Senior Leaving Certificate Examination (including Day School Certificate (Higher) General paper), 1947
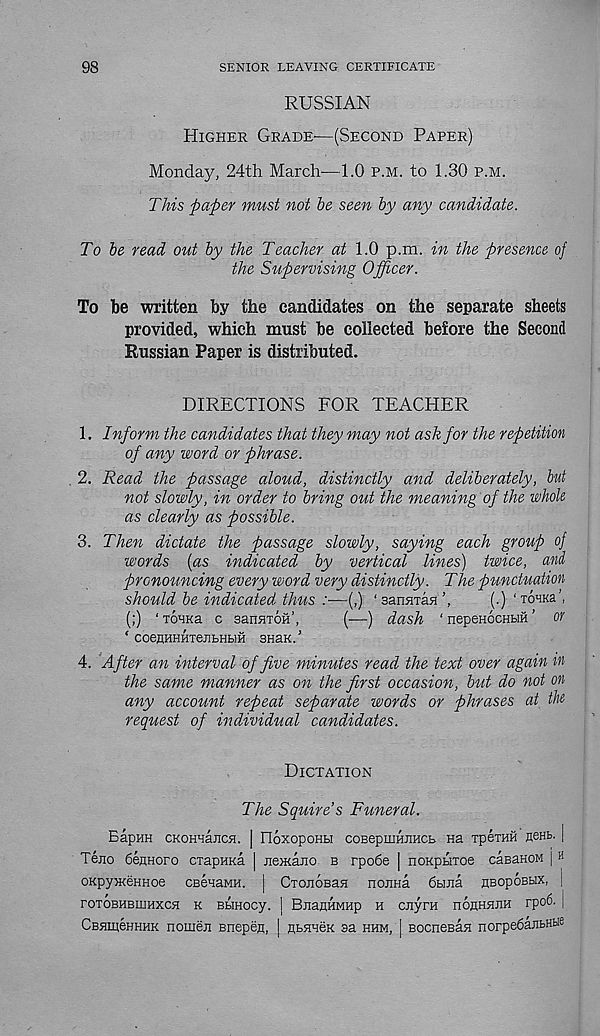
98
SENIOR LEAVING CERTIFICATE
RUSSIAN
Higher Grade—(Second Paper)
Monday, 24th March—1.0 p.m. to 1.30 p.m.
This paper must not be seen by any candidate.
To be read out by the Teacher at 1.0 p.m. in the presence of
the Supervising Officer.
To be written by the candidates on the separate sheets
provided, which must be collected before the Second
Russian Paper is distributed.
DIRECTIONS FOR TEACHER
1. Inform the candidates that they may not ask for the repetition
of any word or phrase.
2. Read the passage aloud, distinctly and deliberately, but
not slowly, in order to bring out the meaning of the whole
as clearly as possible.
3. Then dictate the passage slowly, saying each group of
words (as indicated by vertical lines) twice, and
pronouncing every word very distinctly. The punctuation
should be indicated thus :■—(,) ‘sanHian’,
(.) ‘ toiks
(;) 1 TOHKa c sanaTon’,
(—) dash ‘ nepeHocHtiH ’ or
' coenHHHxeiibHHH snaK.’
4. After an interval of five minutes read the text over again in
the same manner as on the first occasion, but do not on
any account repeat separate words or phrases at the
request of individual candidates.
Dictation
The Squire s Funeral.
EapHH CKOHHaUCJI. | FIoXOpOHH COBepiUHJIHCb Ha TpeTHH neHfe. |
Teiio 6enHoro cxapuKa | nexduio b rpo6e | noKpbixoe caBaHOM | H
OKpyweHHoe CBenaMH. | CxoHOBan nonHa 6buia nBopoBbix, |
roxoBHBiHHXCH k BLiHocy. j BiianHMHp h ciiyTH iioehhjih rpo6. [
CBameHHHK nomen enepefl, I nbHHeK sa hhm, I BocneBan norpedanBHbE